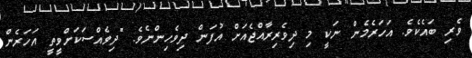
ވެރި ބައެކެވެ. އަހަރެމެން ނަކީ މި ދިވެރިރާއްޖެއަށް އުފަން ދިވެހިންނެވެ. "ދިވެއްސަކަށްވީތީ އަހަރެން